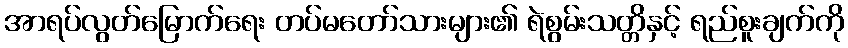
အာရပ်လွတ်မြောက်ရေး တပ်မတော်သားများ၏ ရဲစွမ်းသတ္တိနှင့် ရည်စူးချက်ကို